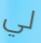
لي